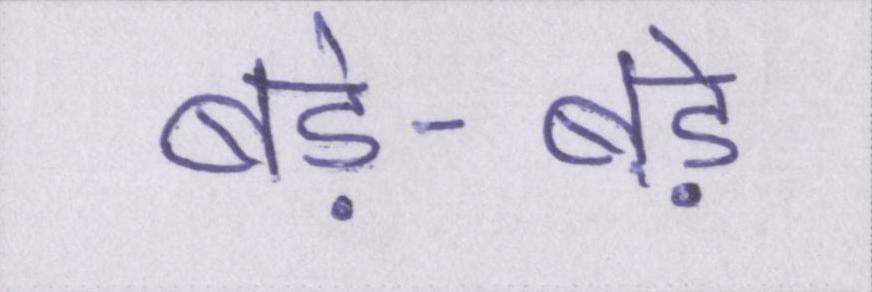
बड़े-बड़े